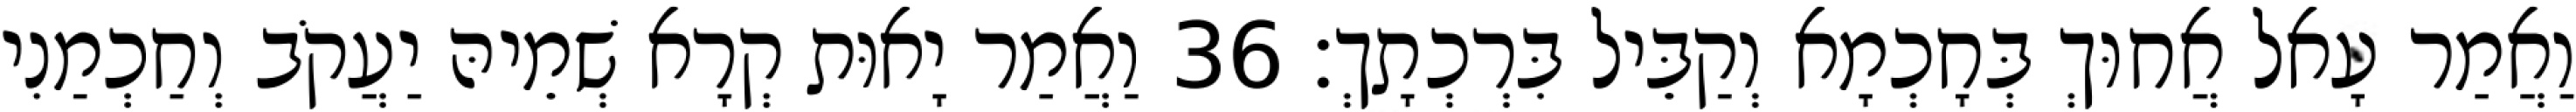
וַאֲמַר עָאל אֲחוּךְ בְּחָכְמָא וְקַבֵּיל בִּרְכְתָךְ׃ 36 וַאֲמַר יָאוּת קְרָא שְׁמֵיהּ יַעֲקֹב וְחַכְמַנִי